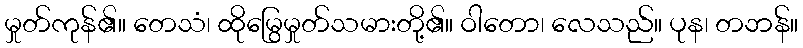
မှုတ်ကုန်၏။ တေသံ၊ ထိုမြွေမှုတ်သမားတို့၏။ ဝါတော၊ လေသည်။ ပုန၊ တဘန်။